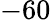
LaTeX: -60